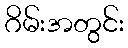
ဂိမ်းအတွင်း